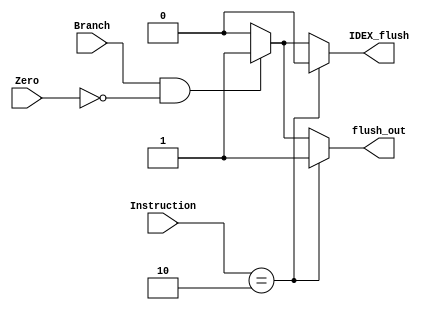
`timescale 1ns / 1ps
//////////////////////////////////////////////////////////////////////////////////
// Company: 
// Engineer: 
// 
// Design Name: 
// Module Name: IFID_FlushHandler
// Project Name: 
// Target Devices: 
// Tool Versions: 
// Description: 
// 
// Dependencies: 
// 
// Revision:
// Revision 0.01 - File Created
// Additional Comments:
// 
//////////////////////////////////////////////////////////////////////////////////


module IFID_FlushHandler(Instruction, Branch, Zero, flush_out, IDEX_flush);
    input[5:0] Instruction;
    input Branch, Zero;
    output reg flush_out, IDEX_flush;
    
    initial begin 
        flush_out = 0;
        IDEX_flush = 0;        
    end
    
    always@(Instruction, Branch, Zero) begin
        if(Instruction == 6'b000010) begin
            flush_out = 1;
            IDEX_flush = 0;
        end
        else if((Branch == 1'b1 && Zero == 1'b0)) begin
            flush_out = 1;
            IDEX_flush = 1;
        end
        else begin
            flush_out = 0;
            IDEX_flush = 0;
        end
    end
endmodule